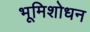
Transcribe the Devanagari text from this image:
भूमिशोधन